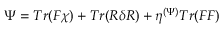
\Psi = T r ( F \chi ) + T r ( R \delta R ) + \eta ^ { ( \Psi ) } T r ( F F )